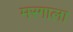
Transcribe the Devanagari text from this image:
मरगाला